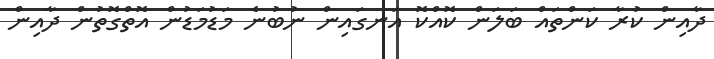
ދާއިން ކުރާ ކަންތައް ބަލަން ކޮއްކޮ އަނގައިން ނުބުނެ މަޑުމަޑުން އޮތްގޮތުން ދާއިން